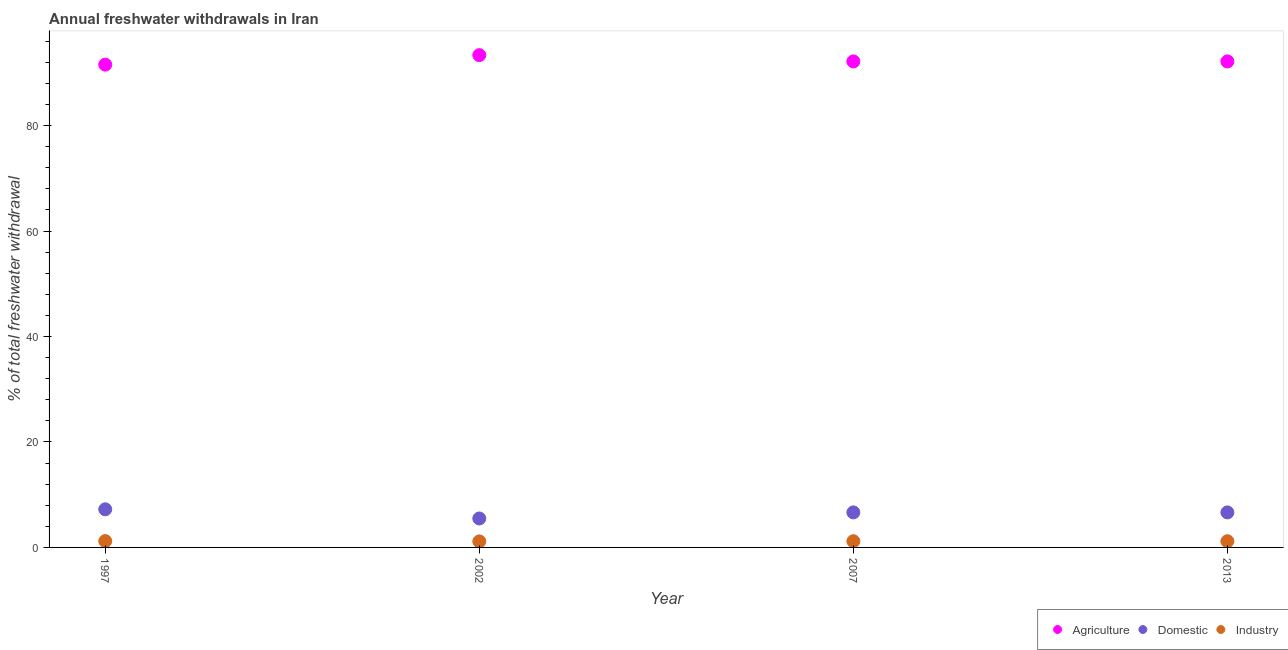
| Year | Agriculture | Domestic | Industry |
 | --- | --- | --- | --- |
 | 1997 | 91.6 | 7.23 | 1.21 |
 | 2002 | 93.4 | 5.49 | 1.14 |
 | 2007 | 92.2 | 6.64 | 1.18 |
 | 2013 | 92.2 | 6.64 | 1.18 |